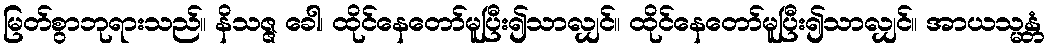
မြတ်စွာဘုရားသည်။ နိသဇ္ဇ ခေါ၊ ထိုင်နေတော်မူပြီး၍သာလျှင်။ ထိုင်နေတော်မူပြီး၍သာလျှင်။ အာယသ္မန္တံ